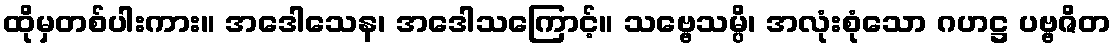
ထိုမှတစ်ပါးကား။ အဒေါသေန၊ အဒေါသကြောင့်။ သဗ္ဗေသမ္ပိ၊ အလုံးစုံသော ဂဟဋ္ဌ ပဗ္ဗဇိတ